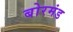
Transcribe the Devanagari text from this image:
बोरमंड